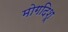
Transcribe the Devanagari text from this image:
मोगदिशू